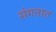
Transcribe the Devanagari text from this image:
संगतात